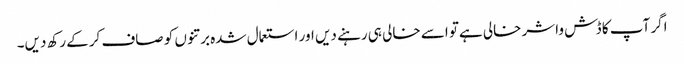
اگر آپ کا ڈش واشر خالی ہےتو اسے خالی ہی رہنے دیں اور استعمال شدہ برتنوں کو صاف کرکے رکھ دیں۔